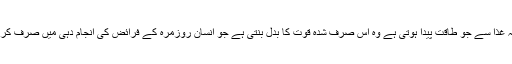
کیونکہ غذا سے جو طاقت پیدا ہوتی ہے وہ اس صرف شدہ قوت کا بدل بنتی ہے جو انسان روزمرہ کے فرائض کی انجام دہی میں صرف کرتا ہے۔